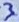
Text: 3